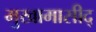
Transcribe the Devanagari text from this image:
मुखामासीद्